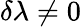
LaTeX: \delta\lambda\neq 0